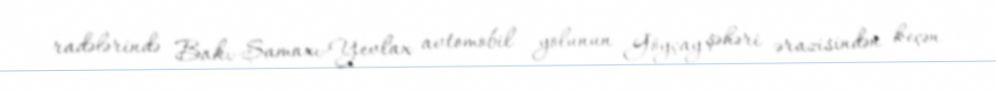
radələrində Bakı-Şamaxı-Yevlax avtomobil yolunun Göyçay şəhəri ərazisindən keçən